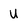
Character: U